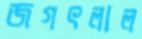
জগৎলাল